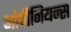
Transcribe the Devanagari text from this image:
ओपीनियन्स